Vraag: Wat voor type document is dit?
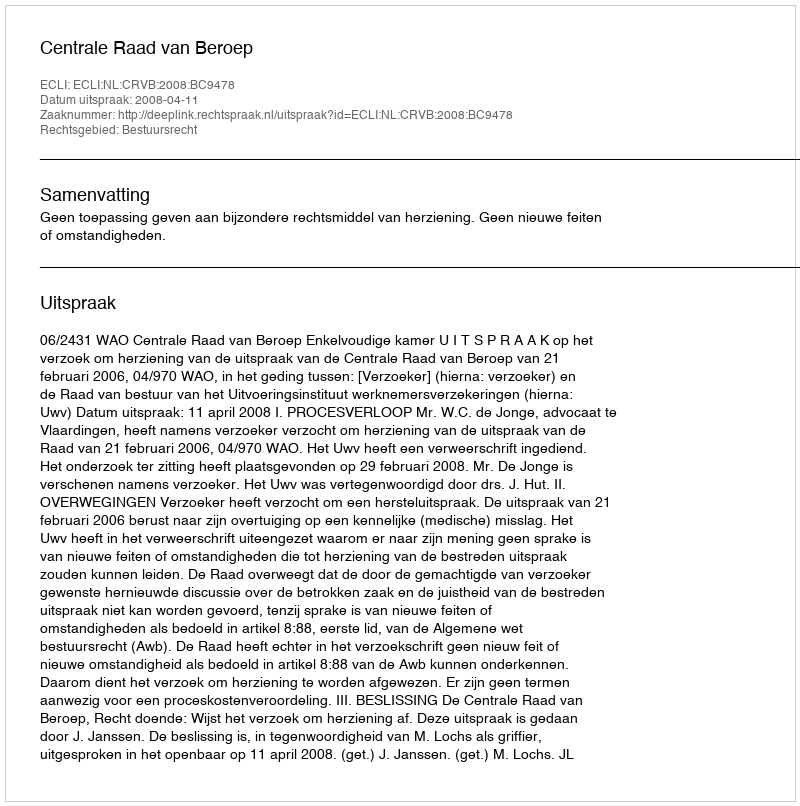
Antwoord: Uitspraak